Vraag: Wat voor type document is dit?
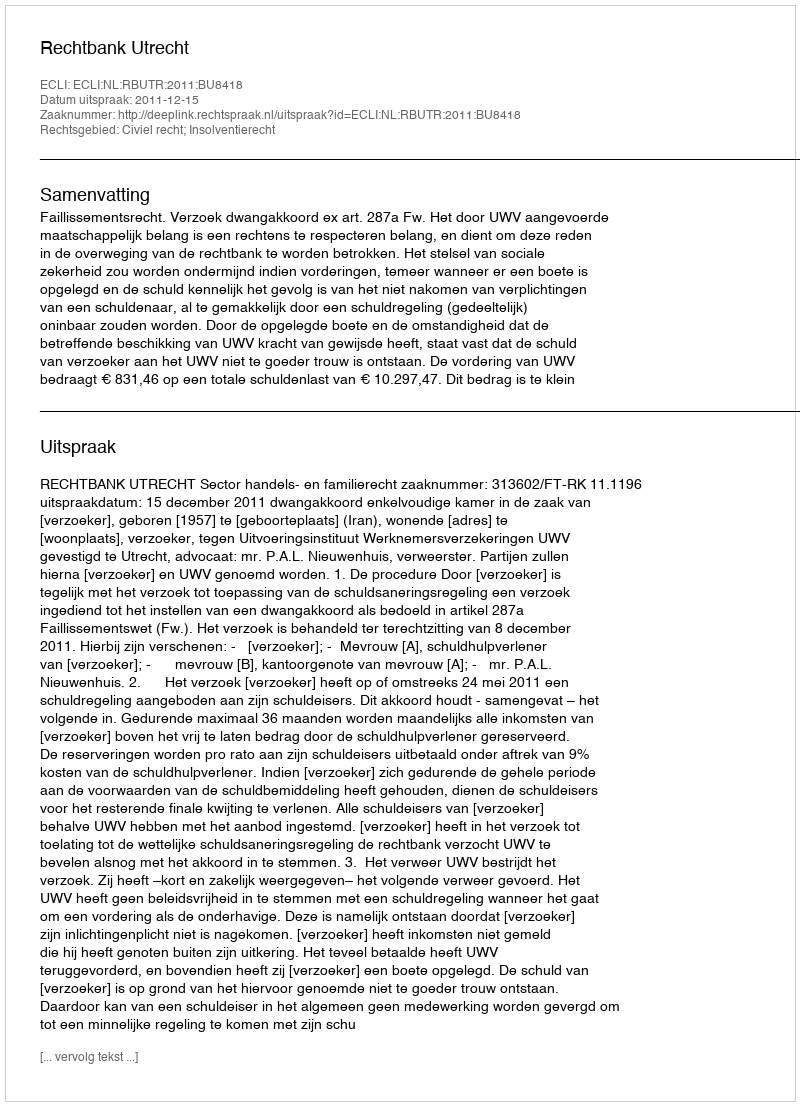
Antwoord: Uitspraak